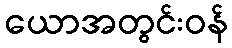
ယောအတွင်းဝန်